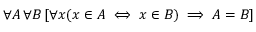
\forall A \, \forall B \, [ \forall x ( x \in A \iff x \in B ) \implies A = B ]